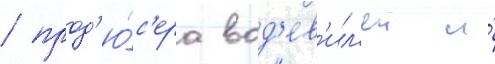
/ прод'ю́с'ера вод'ев'ил'еи и́